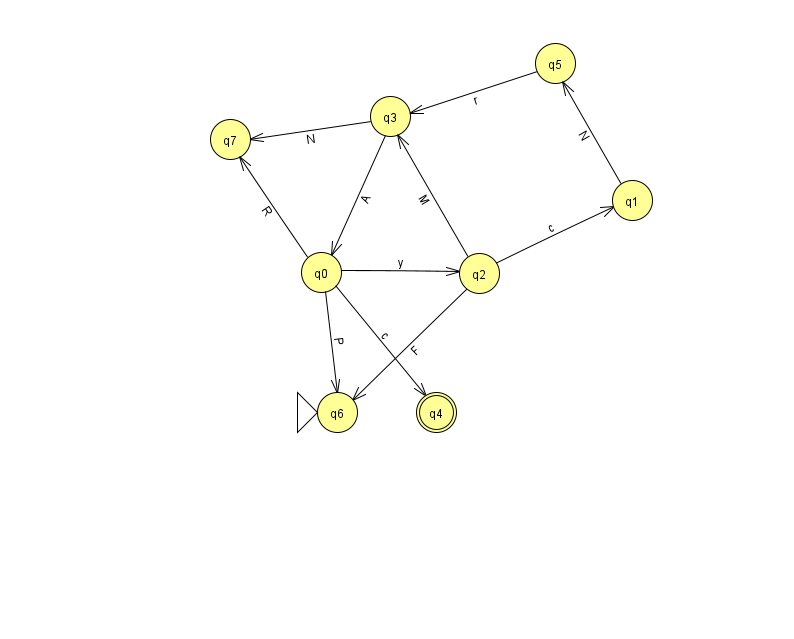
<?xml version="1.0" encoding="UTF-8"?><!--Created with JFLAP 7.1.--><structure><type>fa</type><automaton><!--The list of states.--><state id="0" name="q0"><x>321.0</x><y>259.0</y></state><state id="1" name="q1"><x>632.0</x><y>187.0</y></state><state id="2" name="q2"><x>479.0</x><y>260.0</y></state><state id="3" name="q3"><x>390.0</x><y>103.0</y></state><state id="4" name="q4"><x>436.0</x><y>399.0</y><final/></state><state id="5" name="q5"><x>555.0</x><y>50.0</y></state><state id="6" name="q6"><x>337.0</x><y>399.0</y><initial/></state><state id="7" name="q7"><x>230.0</x><y>126.0</y></state><!--The list of transitions.--><transition><from>5</from><to>3</to><read>r</read></transition><transition><from>0</from><to>4</to><read>c</read></transition><transition><from>2</from><to>3</to><read>M</read></transition><transition><from>3</from><to>7</to><read>N</read></transition><transition><from>0</from><to>7</to><read>R</read></transition><transition><from>0</from><to>2</to><read>y</read></transition><transition><from>2</from><to>1</to><read>c</read></transition><transition><from>0</from><to>6</to><read>P</read></transition><transition><from>1</from><to>5</to><read>N</read></transition><transition><from>2</from><to>6</to><read>F</read></transition><transition><from>3</from><to>0</to><read>A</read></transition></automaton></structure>